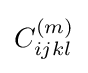
C_{ijkl}^{(m)}